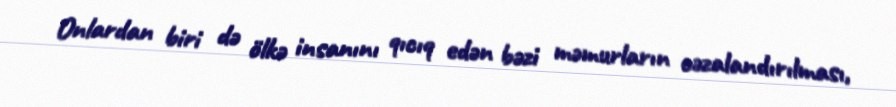
Onlardan biri də ölkə insanını qıcıq edən bəzi məmurların cəzalandırılması,